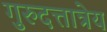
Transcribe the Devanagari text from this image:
गुरुदत्तात्रेय